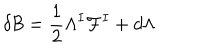
LaTeX: \delta { \cal B } = \frac 1 2 \Lambda ^ { I } { \cal F } ^ { I } + d \Lambda